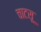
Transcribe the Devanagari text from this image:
चाटसू